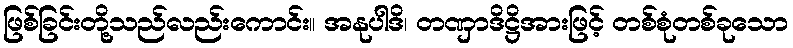
ဖြစ်ခြင်းတို့သည်လည်းကောင်း။ အနုပါဒိ၊ တဏှာဒိဋ္ဌိအားဖြင့် တစ်စုံတစ်ခုသော